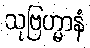
သုဗြဟ္မာနံ